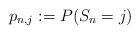
LaTeX: \begin{align*}p_{n,j} := P(S_n = j)\end{align*}